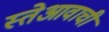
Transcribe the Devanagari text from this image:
स्तेआवाची